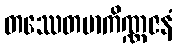
တဿေတမာကိဏ္ဏဇနံ